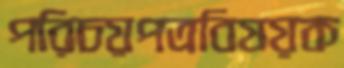
পরিচয়পত্রবিষয়ক